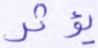
يؤثر